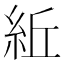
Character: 𥿤